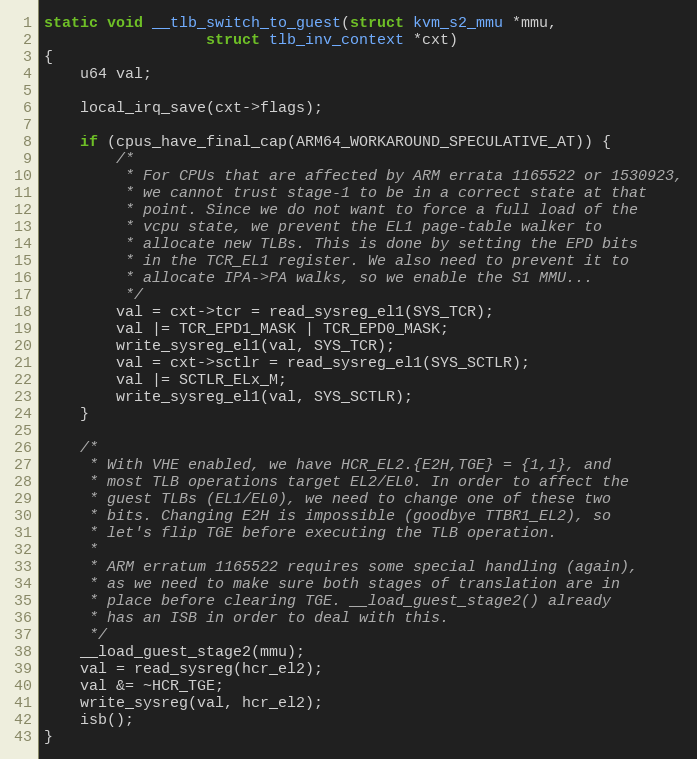
Language: C
static void __tlb_switch_to_guest(struct kvm_s2_mmu *mmu,
				  struct tlb_inv_context *cxt)
{
	u64 val;

	local_irq_save(cxt->flags);

	if (cpus_have_final_cap(ARM64_WORKAROUND_SPECULATIVE_AT)) {
		/*
		 * For CPUs that are affected by ARM errata 1165522 or 1530923,
		 * we cannot trust stage-1 to be in a correct state at that
		 * point. Since we do not want to force a full load of the
		 * vcpu state, we prevent the EL1 page-table walker to
		 * allocate new TLBs. This is done by setting the EPD bits
		 * in the TCR_EL1 register. We also need to prevent it to
		 * allocate IPA->PA walks, so we enable the S1 MMU...
		 */
		val = cxt->tcr = read_sysreg_el1(SYS_TCR);
		val |= TCR_EPD1_MASK | TCR_EPD0_MASK;
		write_sysreg_el1(val, SYS_TCR);
		val = cxt->sctlr = read_sysreg_el1(SYS_SCTLR);
		val |= SCTLR_ELx_M;
		write_sysreg_el1(val, SYS_SCTLR);
	}

	/*
	 * With VHE enabled, we have HCR_EL2.{E2H,TGE} = {1,1}, and
	 * most TLB operations target EL2/EL0. In order to affect the
	 * guest TLBs (EL1/EL0), we need to change one of these two
	 * bits. Changing E2H is impossible (goodbye TTBR1_EL2), so
	 * let's flip TGE before executing the TLB operation.
	 *
	 * ARM erratum 1165522 requires some special handling (again),
	 * as we need to make sure both stages of translation are in
	 * place before clearing TGE. __load_guest_stage2() already
	 * has an ISB in order to deal with this.
	 */
	__load_guest_stage2(mmu);
	val = read_sysreg(hcr_el2);
	val &= ~HCR_TGE;
	write_sysreg(val, hcr_el2);
	isb();
}